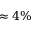
\approx 4 \%